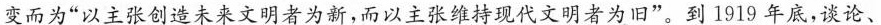
而以主张固守中国习惯者为旧”，之后一变而为”以主张创造未来文明者为新，而以主张维持现代文明者为旧”。到1919年底，谈论、